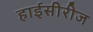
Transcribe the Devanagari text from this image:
हाईसीरीज